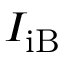
I _ { \mathrm { i B } }